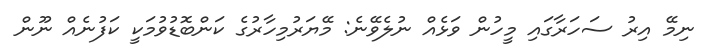
ނިމޭ އިރު ސަހަރާގައި މީހުން ވަޅެއް ނުލެވޭނެ: މޭޔަރުމިހާރުގެ ކަންބޮޑުވުމަކީ ކަފުނެއް ނޫން